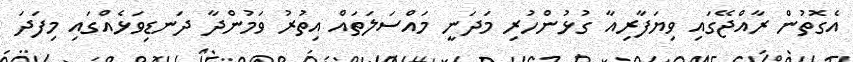
އެގޮތުން ރާއްޖޭގައި ވިޔަފާރިއާ ގުޅުންހުރި މަދަނީ މައްސަލަތައް އިތުރު ވަމުންދާ ދަނޑިވަޅެއްގައި މިފަދަ